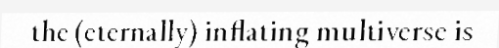
the (eternally) inflating multiverse is